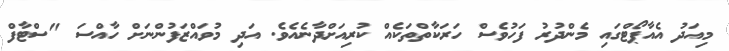
މިއަދު އެއާޕޯޓްގައި މެންދުރު ފަހުވެސް ހަރަކާތްތަކެއް ކުރިއަށްދާނެއެވެ. އަދި މުވައްޒަފުންނަށް ހާއްސަ "ސްޓާފް